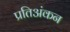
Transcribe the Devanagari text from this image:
प्रतिअंकन